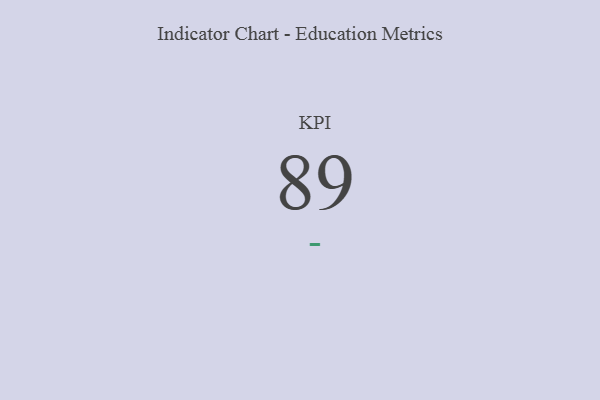
{"axis": {"x": "KPI", "y": "Value"}, "legend": [""], "data": [{"x": "KPI", "y": 89, "type": ""}]}